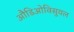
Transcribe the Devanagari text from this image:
औडिओविसुयल